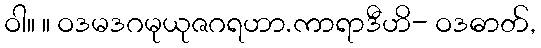
ဝါ။ ။ ဝဒမဒဂမုယုဇဂရဟာ.ကာရာဒီဟိ- ဝဒဓာတ်,